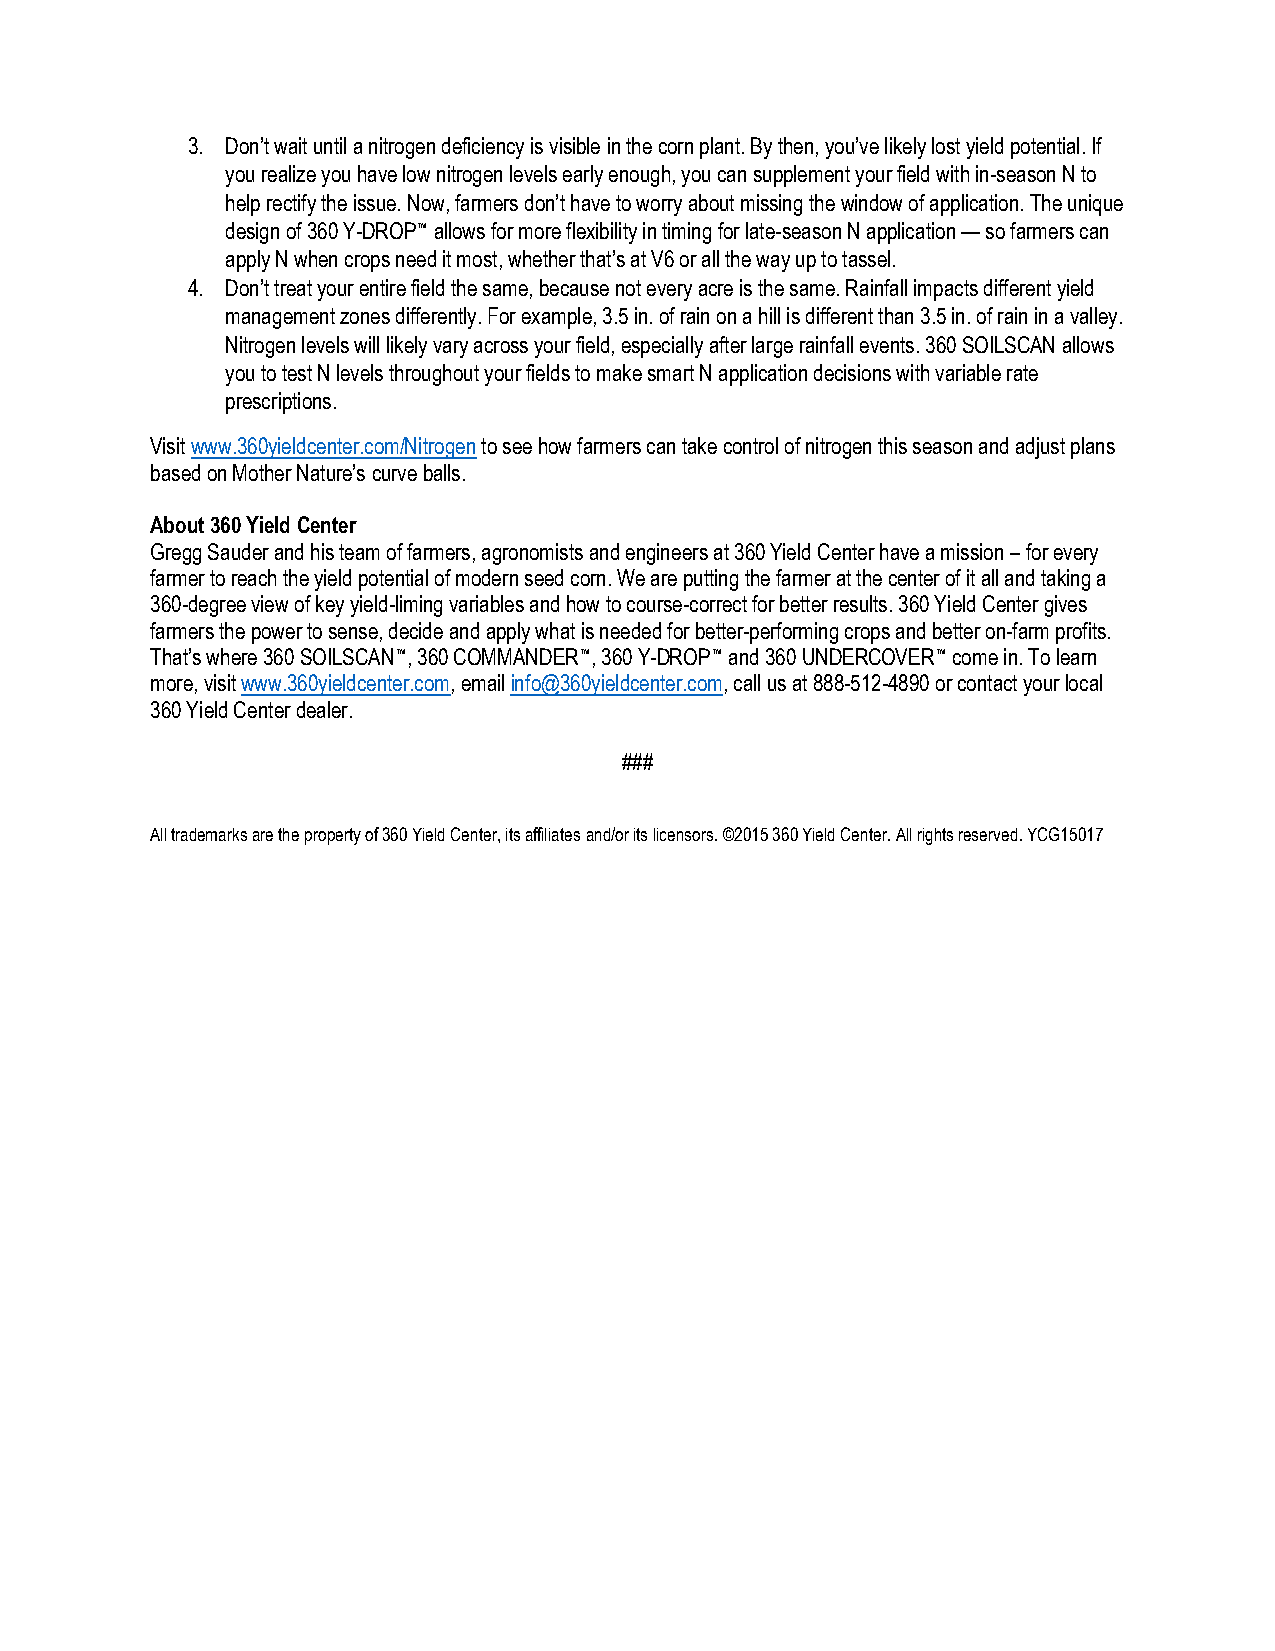
3. Don’t wait until a nitrogen deficiency is visible in the corn plant. By then, you’ve likely lost yield potential. If
 you realize you have low nitrogen levels early enough, you can supplement your field with in-season N to
 help rectify the issue. Now, farmers don’t have to worry about missing the window of application. The unique
 design of 360 Y-DROP™ allows for more flexibility in timing for late-season N application — so farmers can
 apply N when crops need it most, whether that’s at V6 or all the way up to tassel.
 4. Don’t treat your entire field the same, because not every acre is the same. Rainfall impacts different yield
 management zones differently. For example, 3.5 in. of rain on a hill is different than 3.5 in. of rain in a valley.
 Nitrogen levels will likely vary across your field, especially after large rainfall events. 360 SOILSCAN allows
 you to test N levels throughout your fields to make smart N application decisions with variable rate
 prescriptions.
 Visit www.360yieldcenter.com/Nitrogen to see how farmers can take control of nitrogen this season and adjust plans
 based on Mother Nature’s curve balls.
 About 360 Yield Center
 Gregg Sauder and his team of farmers, agronomists and engineers at 360 Yield Center have a mission – for every
 farmer to reach the yield potential of modern seed corn. We are putting the farmer at the center of it all and taking a
 360-degree view of key yield-liming variables and how to course-correct for better results. 360 Yield Center gives
 farmers the power to sense, decide and apply what is needed for better-performing crops and better on-farm profits.
 That’s where 360 SOILSCAN™, 360 COMMANDER™, 360 Y-DROP™ and 360 UNDERCOVER™ come in. To learn
 more, visit www.360yieldcenter.com, email info@360yieldcenter.com, call us at 888-512-4890 or contact your local
 360 Yield Center dealer.
 ###
 All trademarks are the property of 360 Yield Center, its affiliates and/or its licensors. ©2015 360 Yield Center. All rights reserved. YCG15017